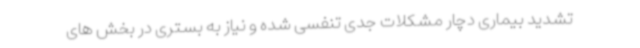
تشدید بیماری دچار مشکلات جدی تنفسی شده و نیاز به بستری در بخش های